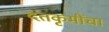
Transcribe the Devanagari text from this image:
दंतकृमींचा